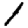
Digit: 1